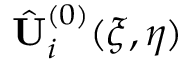
\hat { \mathbf { U } } _ { i } ^ { ( 0 ) } ( \xi , \eta )